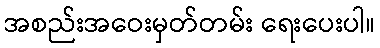
အစည်းအဝေးမှတ်တမ်း ရေးပေးပါ။